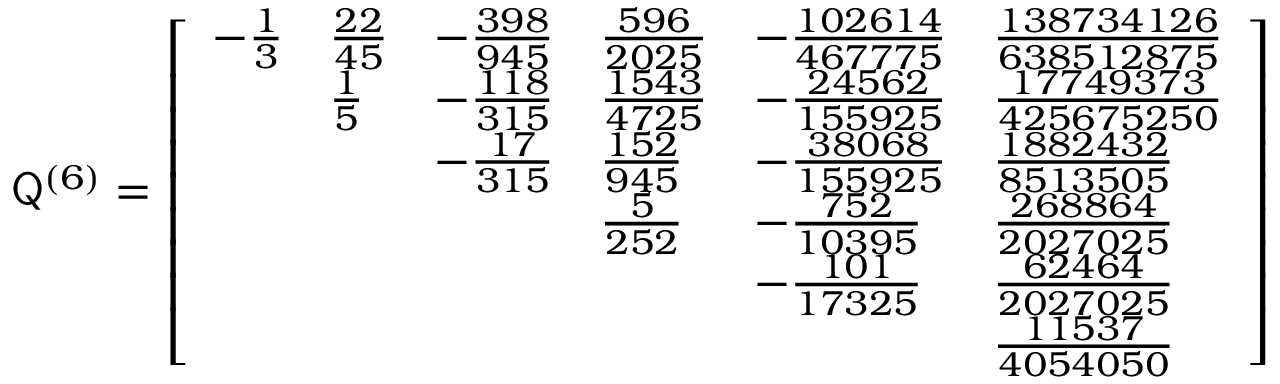
\mathsf Q ^ { ( 6 ) } = \left[ \begin{array} { l l l l l l } { - \frac { 1 } { 3 } } & { \frac { 2 2 } { 4 5 } } & { - \frac { 3 9 8 } { 9 4 5 } } & { \frac { 5 9 6 } { 2 0 2 5 } } & { - \frac { 1 0 2 6 1 4 } { 4 6 7 7 7 5 } } & { \frac { 1 3 8 7 3 4 1 2 6 } { 6 3 8 5 1 2 8 7 5 } } \\ & { \frac { 1 } { 5 } } & { - \frac { 1 1 8 } { 3 1 5 } } & { \frac { 1 5 4 3 } { 4 7 2 5 } } & { - \frac { 2 4 5 6 2 } { 1 5 5 9 2 5 } } & { \frac { 1 7 7 4 9 3 7 3 } { 4 2 5 6 7 5 2 5 0 } } \\ & & { - \frac { 1 7 } { 3 1 5 } } & { \frac { 1 5 2 } { 9 4 5 } } & { - \frac { 3 8 0 6 8 } { 1 5 5 9 2 5 } } & { \frac { 1 8 8 2 4 3 2 } { 8 5 1 3 5 0 5 } } \\ & & & { \frac { 5 } { 2 5 2 } } & { - \frac { 7 5 2 } { 1 0 3 9 5 } } & { \frac { 2 6 8 8 6 4 } { 2 0 2 7 0 2 5 } } \\ & & & & { - \frac { 1 0 1 } { 1 7 3 2 5 } } & { \frac { 6 2 4 6 4 } { 2 0 2 7 0 2 5 } } \\ & & & & & { \frac { 1 1 5 3 7 } { 4 0 5 4 0 5 0 } } \end{array} \right]